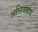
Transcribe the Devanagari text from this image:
अग्निवयाय